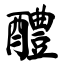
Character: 醴